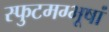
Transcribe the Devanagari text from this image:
स्फुटमग्भूषां